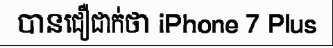
បានជឿជាក់ថា iPhone 7 Plus